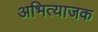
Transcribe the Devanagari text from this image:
अभित्याजक